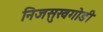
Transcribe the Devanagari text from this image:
निजसुखगोडी